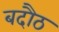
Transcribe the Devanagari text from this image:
बदौठ